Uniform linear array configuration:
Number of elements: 8
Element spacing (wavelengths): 0.25
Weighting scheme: cosine
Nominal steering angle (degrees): -15
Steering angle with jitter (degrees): -14.25
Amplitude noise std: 0.05
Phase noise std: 0.05

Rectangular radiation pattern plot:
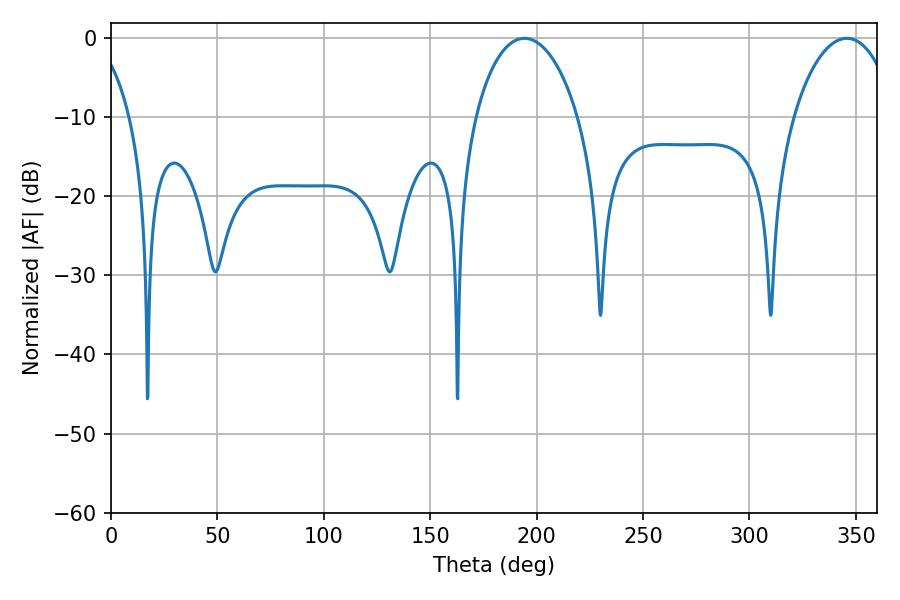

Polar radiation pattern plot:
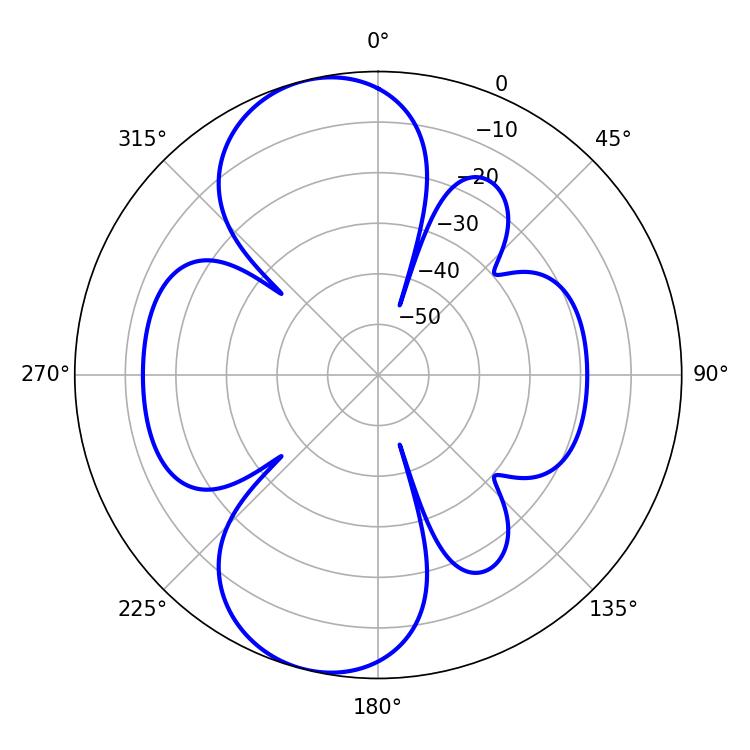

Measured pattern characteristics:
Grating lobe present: FALSE
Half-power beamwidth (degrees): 27.54
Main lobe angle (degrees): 194.22